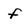
Character: f